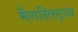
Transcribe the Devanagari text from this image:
मैगनिस्ट्रान